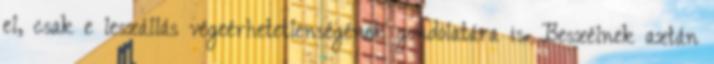
el, csak e leszállás végeérhetetlenségének gondolatára is. Beszélnek aztán